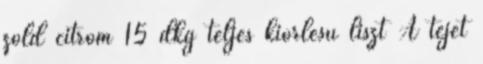
zöld citrom 15 dkg teljes kiörlésű liszt A tejet